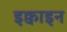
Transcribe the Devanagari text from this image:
इक्वाइन